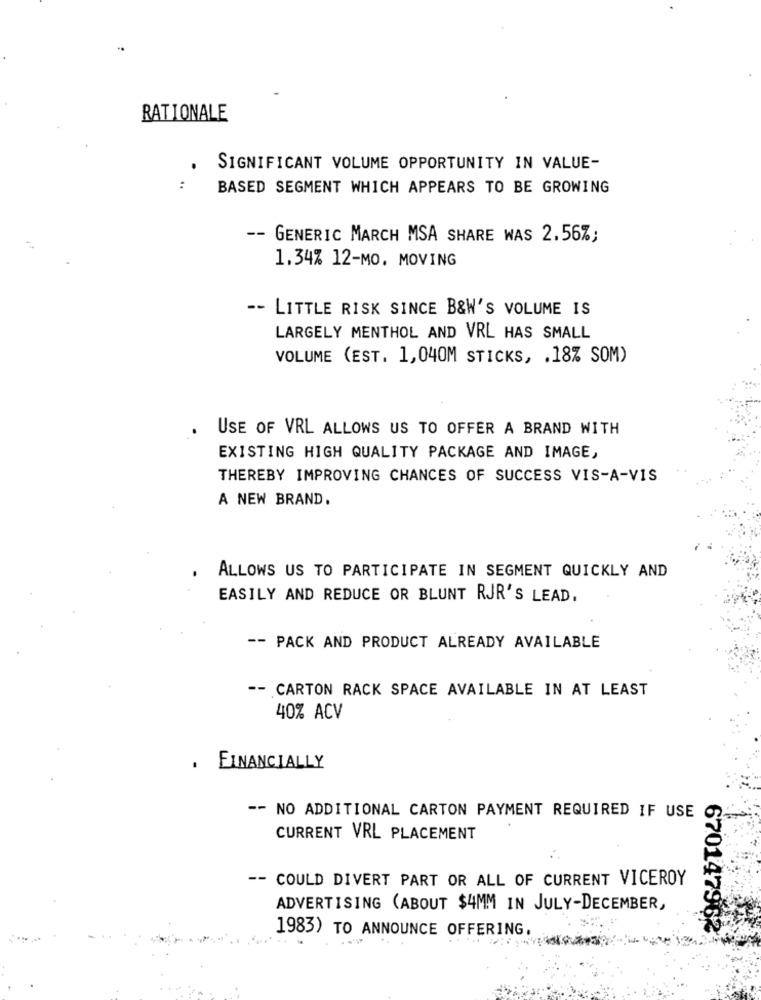
RATIONALE
SIGNIFICANT VOLUME OPPORTUNITY IN VALUE-
BASED SEGMENT WHICH APPEARS TO BE GROWING
-- GENERIC MARCH MSA SHARE WAS 2.56%;
1.34% 12-MO. MOVING
-- LITTLE RISK SINCE B&W'S VOLUME IS
LARGELY MENTHOL AND VRL HAS SMALL
VOLUME (EST. 1,040M STICKS, . 18% SOM)
USE OF VRL ALLOWS US TO OFFER A BRAND WITH
EXISTING HIGH QUALITY PACKAGE AND IMAGE,
THEREBY IMPROVING CHANCES OF SUCCESS VIS-A-VIS
A NEW BRAND.
ALLOWS US TO PARTICIPATE IN SEGMENT QUICKLY AND
EASILY AND REDUCE OR BLUNT RJR'S LEAD.
-- PACK AND PRODUCT ALREADY AVAILABLE
-- CARTON RACK SPACE AVAILABLE IN AT LEAST
40% ACV
. FINANCIALLY
-- NO ADDITIONAL CARTON PAYMENT REQUIRED IF USE
CURRENT VRL PLACEMENT
-- COULD DIVERT PART OR ALL OF CURRENT VICEROY
ADVERTISING (ABOUT $4MM IN JULY-DECEMBER,
1983) TO ANNOUNCE OFFERING,
670147962